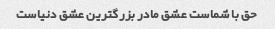
حق با شماست عشق مادر بزرگترین عشق دنیاست